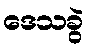
ဒေသခွဲ